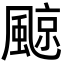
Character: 𩗬